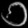
Digit: ၁